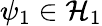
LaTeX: \psi_{1}\in{\mathcal{H}}_{1}